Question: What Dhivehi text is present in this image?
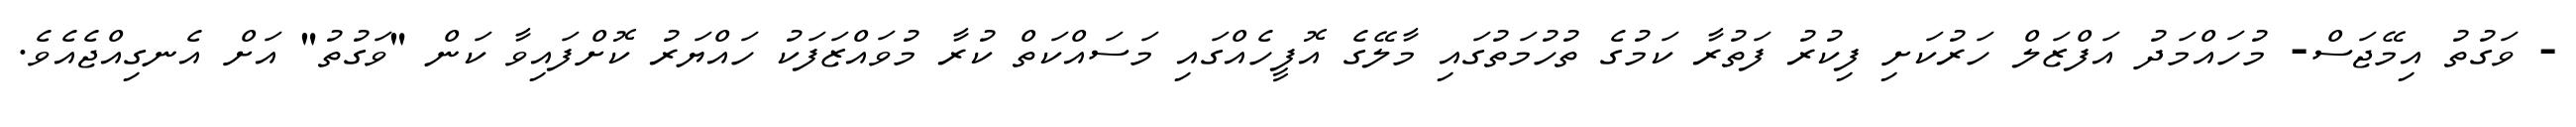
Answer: - ވަގުތު އިމޭޖަސް- މުހައްމަދު އަފްޒަލް ހަރުކަށި ފިކުރު ފަތުރާ ކަމުގެ ތުހުމަތުގައި މާލޭގެ އޮފީހެއްގައި މަސައްކަތް ކުރާ މުވައްޒަފަކު ހައްޔަރު ކޮށްފައިވާ ކަން "ވަގުތު" އަށް އެނގިއްޖެއެވެ.